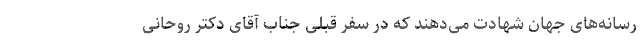
رسانه‌های جهان شهادت می‌دهند که در سفر قبلی جناب آقای دکتر روحانی